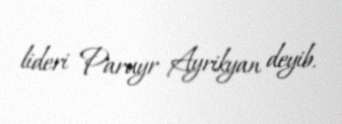
lideri Paruyr Ayrikyan deyib.